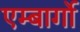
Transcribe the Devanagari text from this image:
एम्बार्गो